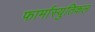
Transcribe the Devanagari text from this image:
फार्मास्युतिकल